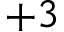
+ 3